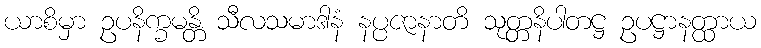
ယာစိမှာ ဥပနိက္ခမန္တိ သီလသမာဒါနံ နပ္ပဇာနာတိ သုတ္တနိပါတဋ္ဌ ဥပဋ္ဌာနတ္ထာယ